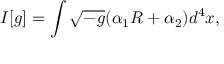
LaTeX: I [ g ] = \int \sqrt { - g } ( \alpha _ { 1 } R + \alpha _ { 2 } ) d ^ { 4 } x ,